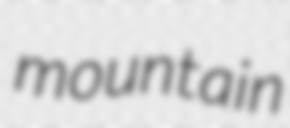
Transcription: mountain